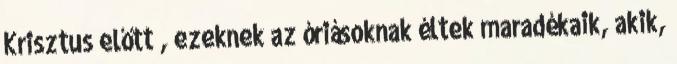
Krisztus előtt , ezeknek az óriásoknak éltek maradékaik, akik,